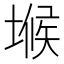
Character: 𭏒